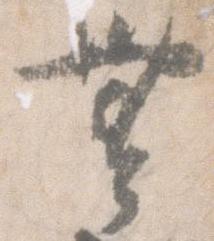
無